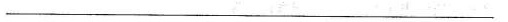
___